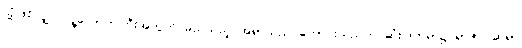
သို့ဖြစ်လျှင် လူ့လောကကြီးအတွက် မည်သည့် အရာသည် ကောင်းသည်ဟု ဆုံးဖြတ်ရာ၌ ရာဇဝင်ဆရာ